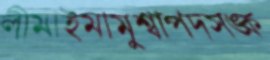
লীমাইমামুশ্বাপদসঙ্ক